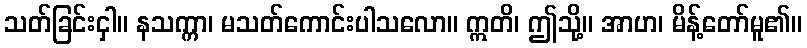
သတ်ခြင်းငှါ။ နသက္ကာ၊ မသတ်ကောင်းပါသလော။ ဣတိ၊ ဤသို့။ အာဟ၊ မိန့်တော်မူ၏။